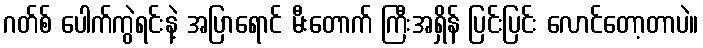
ဂတ်စ် ပေါက်ကွဲရင်းနဲ့ အပြာရောင် မီးတောက် ကြီးအရှိန် ပြင်းပြင်း လောင်တော့တာပဲ။